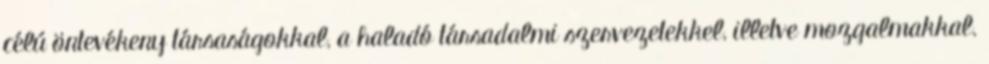
célú öntevékeny társaságokkal, a haladó társadalmi szervezetekkel, illetve mozgalmakkal.